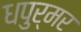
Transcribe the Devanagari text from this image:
धपुर्मर